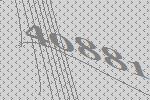
40881